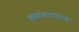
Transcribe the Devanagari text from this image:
कायदेबदलांमध्ये